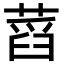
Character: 蓞